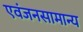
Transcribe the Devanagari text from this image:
एवंजनसामान्य